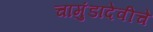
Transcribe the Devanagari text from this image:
चामुंडादेवीचे